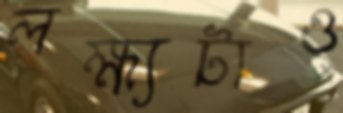
লক্ষ্যটাও